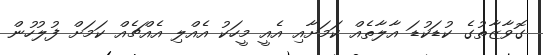
ގޮވާޒާތުގެ ކުޑަކުޑަ އާލާތެއް ކަމަށާއި އެއީ މީހަކު އެއްލި އެއްޗެއް ކަމަށް ފުލުހުން